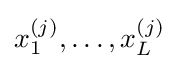
x_{1}^{(j)},\dots ,x_{L}^{(j)}